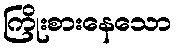
ကြိုးစားနေသော